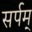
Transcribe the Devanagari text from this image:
सर्पम्